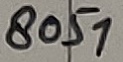
Text: 8051